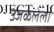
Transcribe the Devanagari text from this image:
उजळलेला